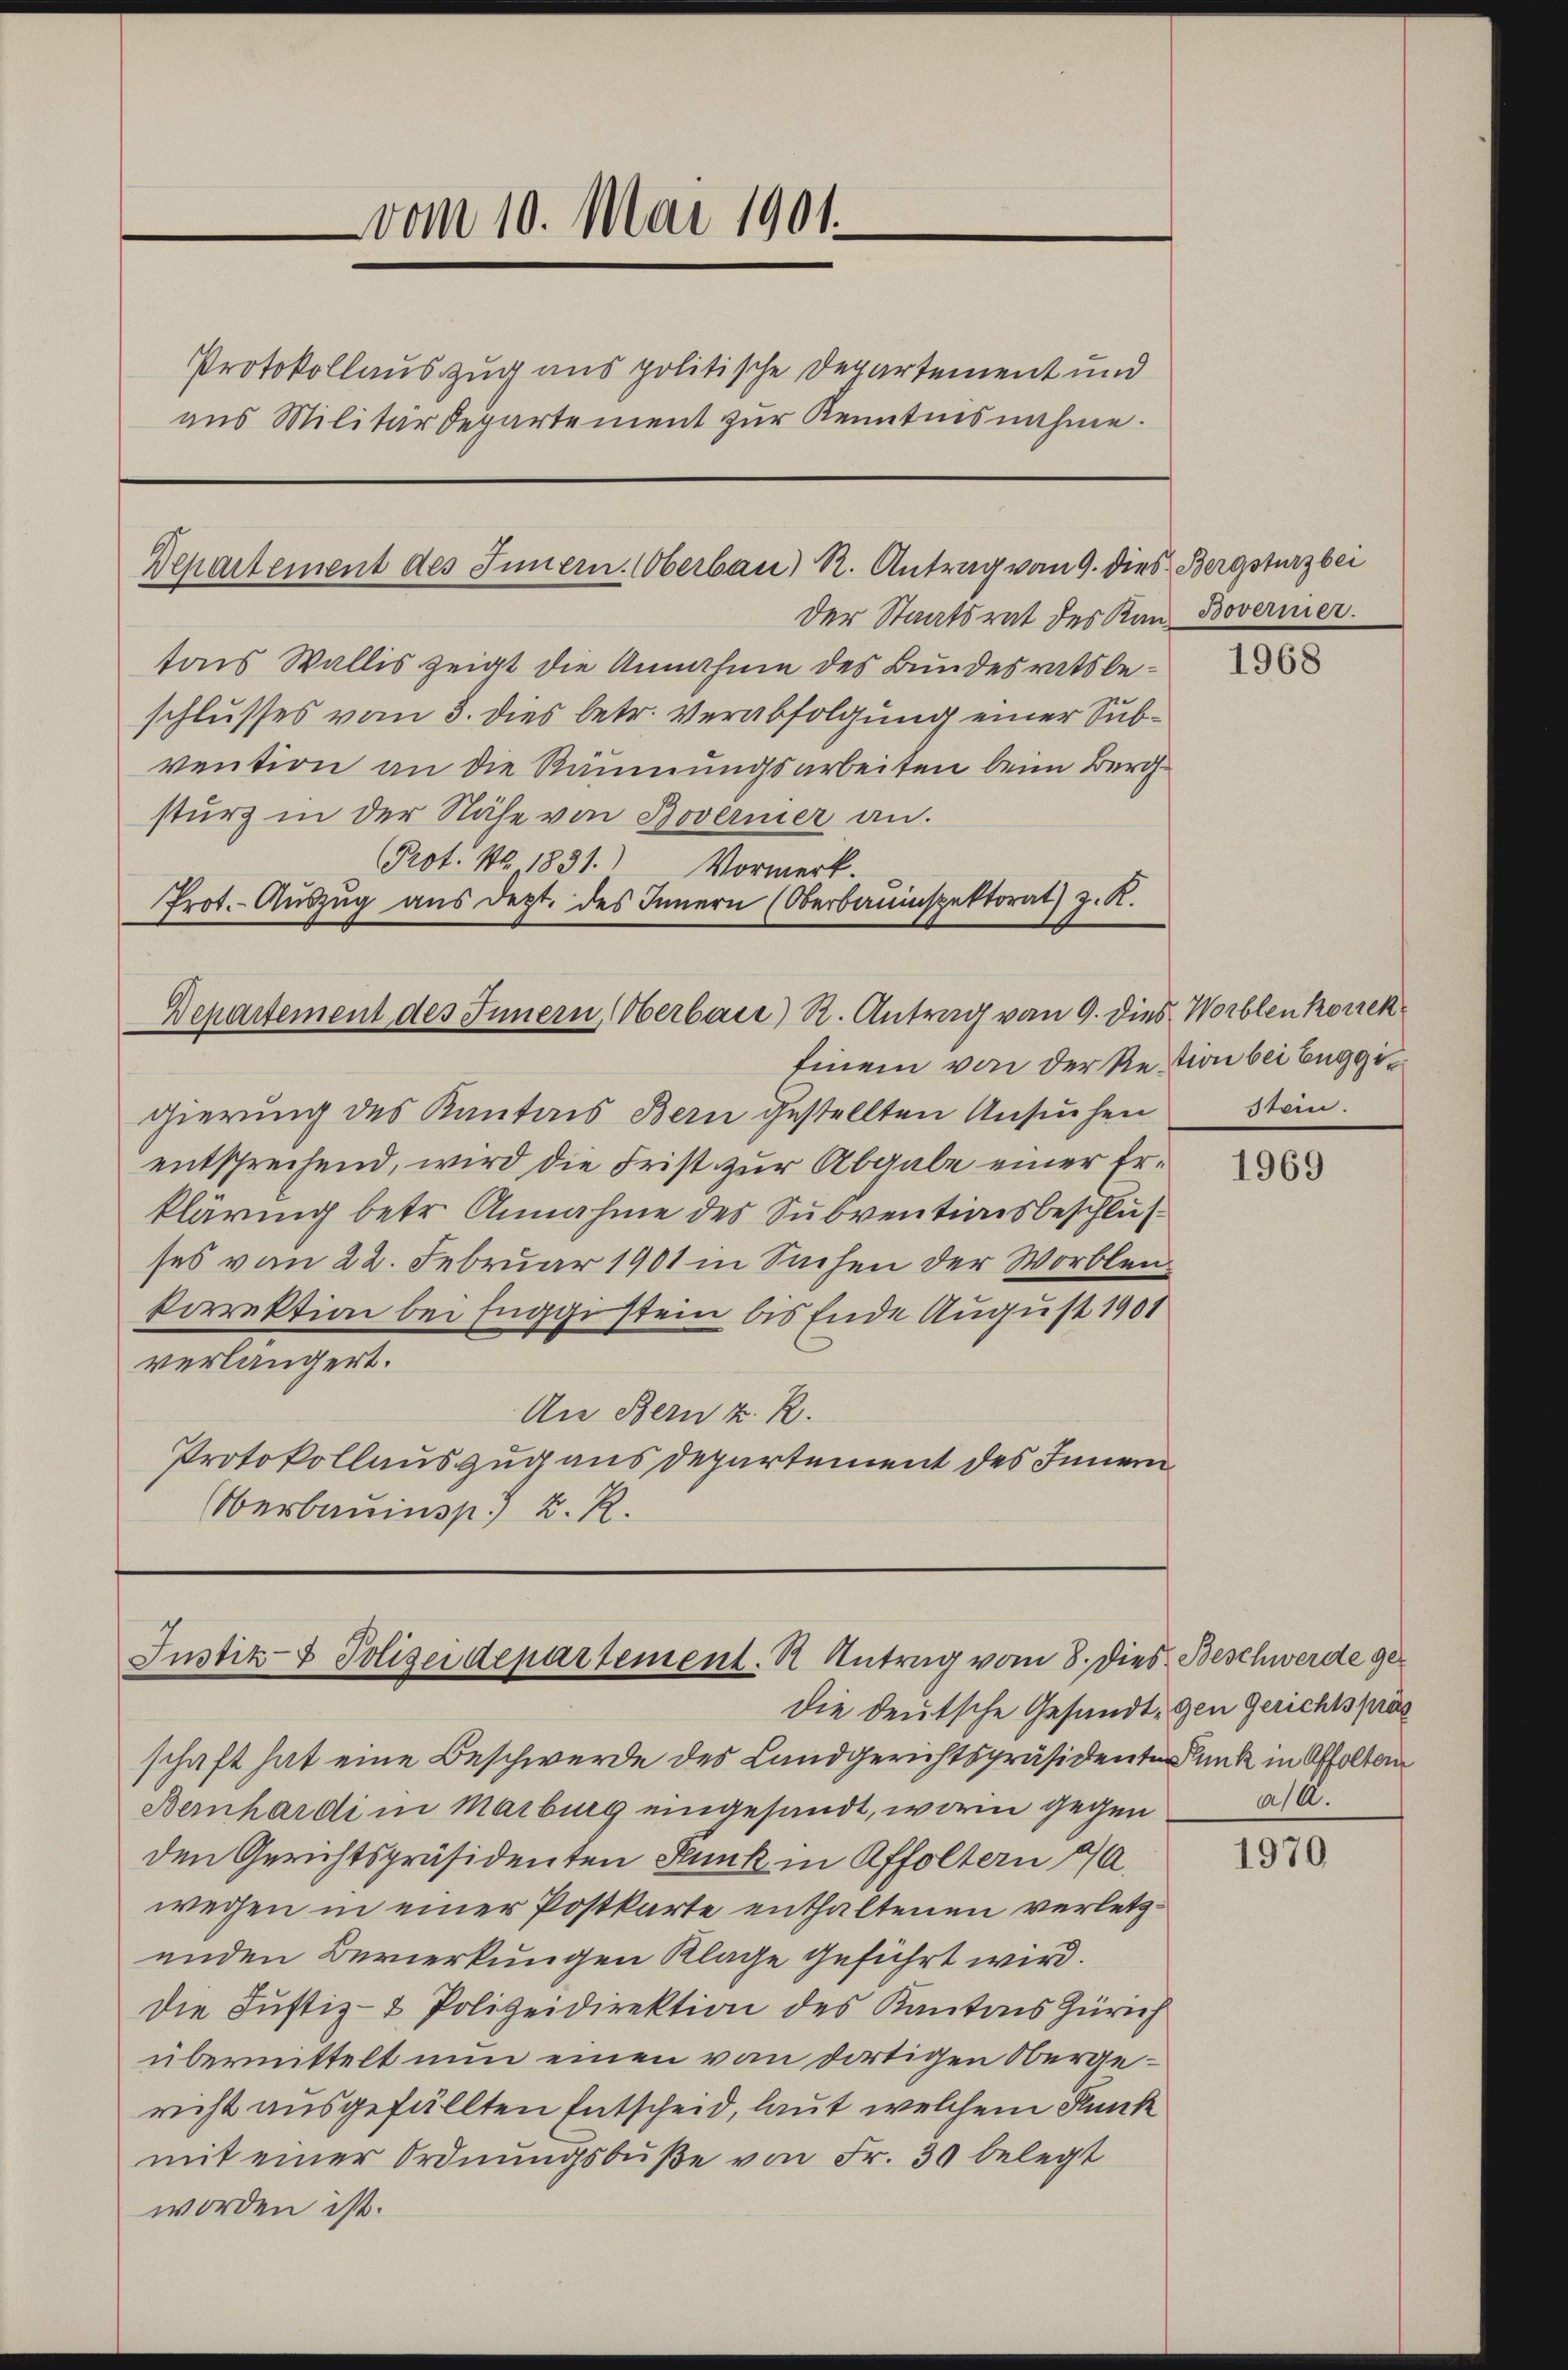
vom 10. Mai 1901.

Protokollauszug aus politische Departement und
ans Militärdepartement zur Kenntnisnahme.

Departement des Innern. Oberbau) R. Antrag vom 9. die

Departement des Innern erbace) R. Antrag vom 9. dies Worblenkorrek¬

Der Staatsrat des Kan Boverier.
tons Wallis zeigt die Annahme des Bundesratsbeschlusses vom 8. dies betr. Verabfolgung einer Subvention an die Räumungsarbeiten beim Bergsturz in der Nähe von Boveriner an.
Prot. Nr. 1831.) Vormerk.
Prot. Auszug aus dept. des Innern (Oberbauinspektorat) z. R.

Einem von der Restion bei Beggigierung des Kantons Bern gestellten Ansuchen
entsprechend, wird die Frist zur Abgabe einer Erklärung betr. Annahme des Subventionsbeschlusses vom 22. Februar 1901 in Sachen der Worblenkorrektion bei Fuggestein bis Ende August 1901
verlängert.
An Bern z. R.
Protokollauszug aus Departement des Innern
Oberbauinsp. K. R.

Justiz- & Polizeidepartement. R. Antrag vom 8. dies Beschwerde ge¬

s. Bergsturz bei

die deutsche Gesandt, gen Gerichtspräs
schaft hat eine Beschwerde des Landgerichtspräsidenten Punk in Affolten
Bernhardi in Marburg eingesandt, worin gegen
den Gerichtspräsidenten Funk in Affoltern 10.
wegen in einer Postkarte enthaltenen verletzenden Bemerkungen Klage geführt wird.
Die Justiz- & Polizeidirektion des Kantons Zürich
übermittelt nun einen von dortigen Obergericht ausgefällten Entscheid, laut welchem Kunk
mit einer Ordnungsbuße von Fr. 30 belegt
worden ist.

1968

Stein.

1969

ast.

1970